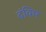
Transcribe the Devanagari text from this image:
दंविच